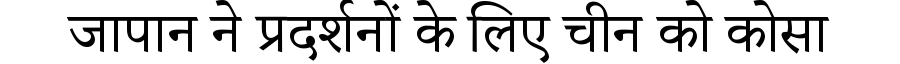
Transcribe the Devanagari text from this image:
जापान ने प्रदर्शनों के लिए चीन को कोसा